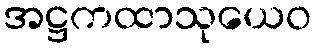
အဋ္ဌကထာသုယေဝ